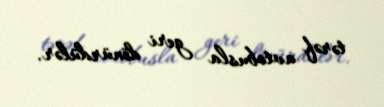
tərəf avtobusla geri dönürdülər.